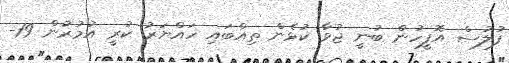
ފުލުސް އޮފީހުން ބުނީ ޖުވާ ކުޅެން ތިއްބައި ހައްޔަރު ކުރީ އުމުރުން 19-